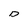
Character: D